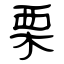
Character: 栗